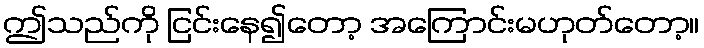
ဤသည်ကို ငြင်းနေ၍တော့ အကြောင်းမဟုတ်တော့။